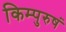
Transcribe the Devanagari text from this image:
किम्पुरुषं